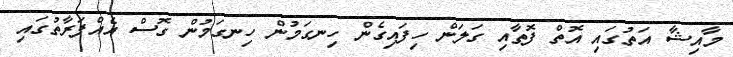
މާއިޝާ އަތުގައި އޮތް ފޮތާއި ގަލަން ހިފައިގެން ހިނގަމުން ހިނގަމުން ގޮސް އެއްފަރާތުގައި